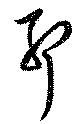
耶